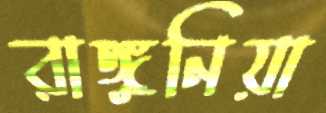
রাঙ্গুনিয়া